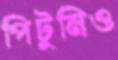
পিটুনিও